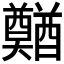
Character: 𲆿